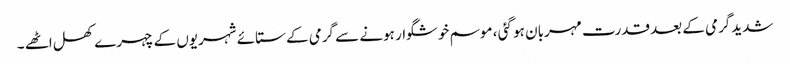
شدیدگرمی کے بعد قدرت مہربان ہو گئی ، موسم خوشگوار ہونے سے گرمی کے ستائے شہریوں کے چہرے کھل اٹھے ۔